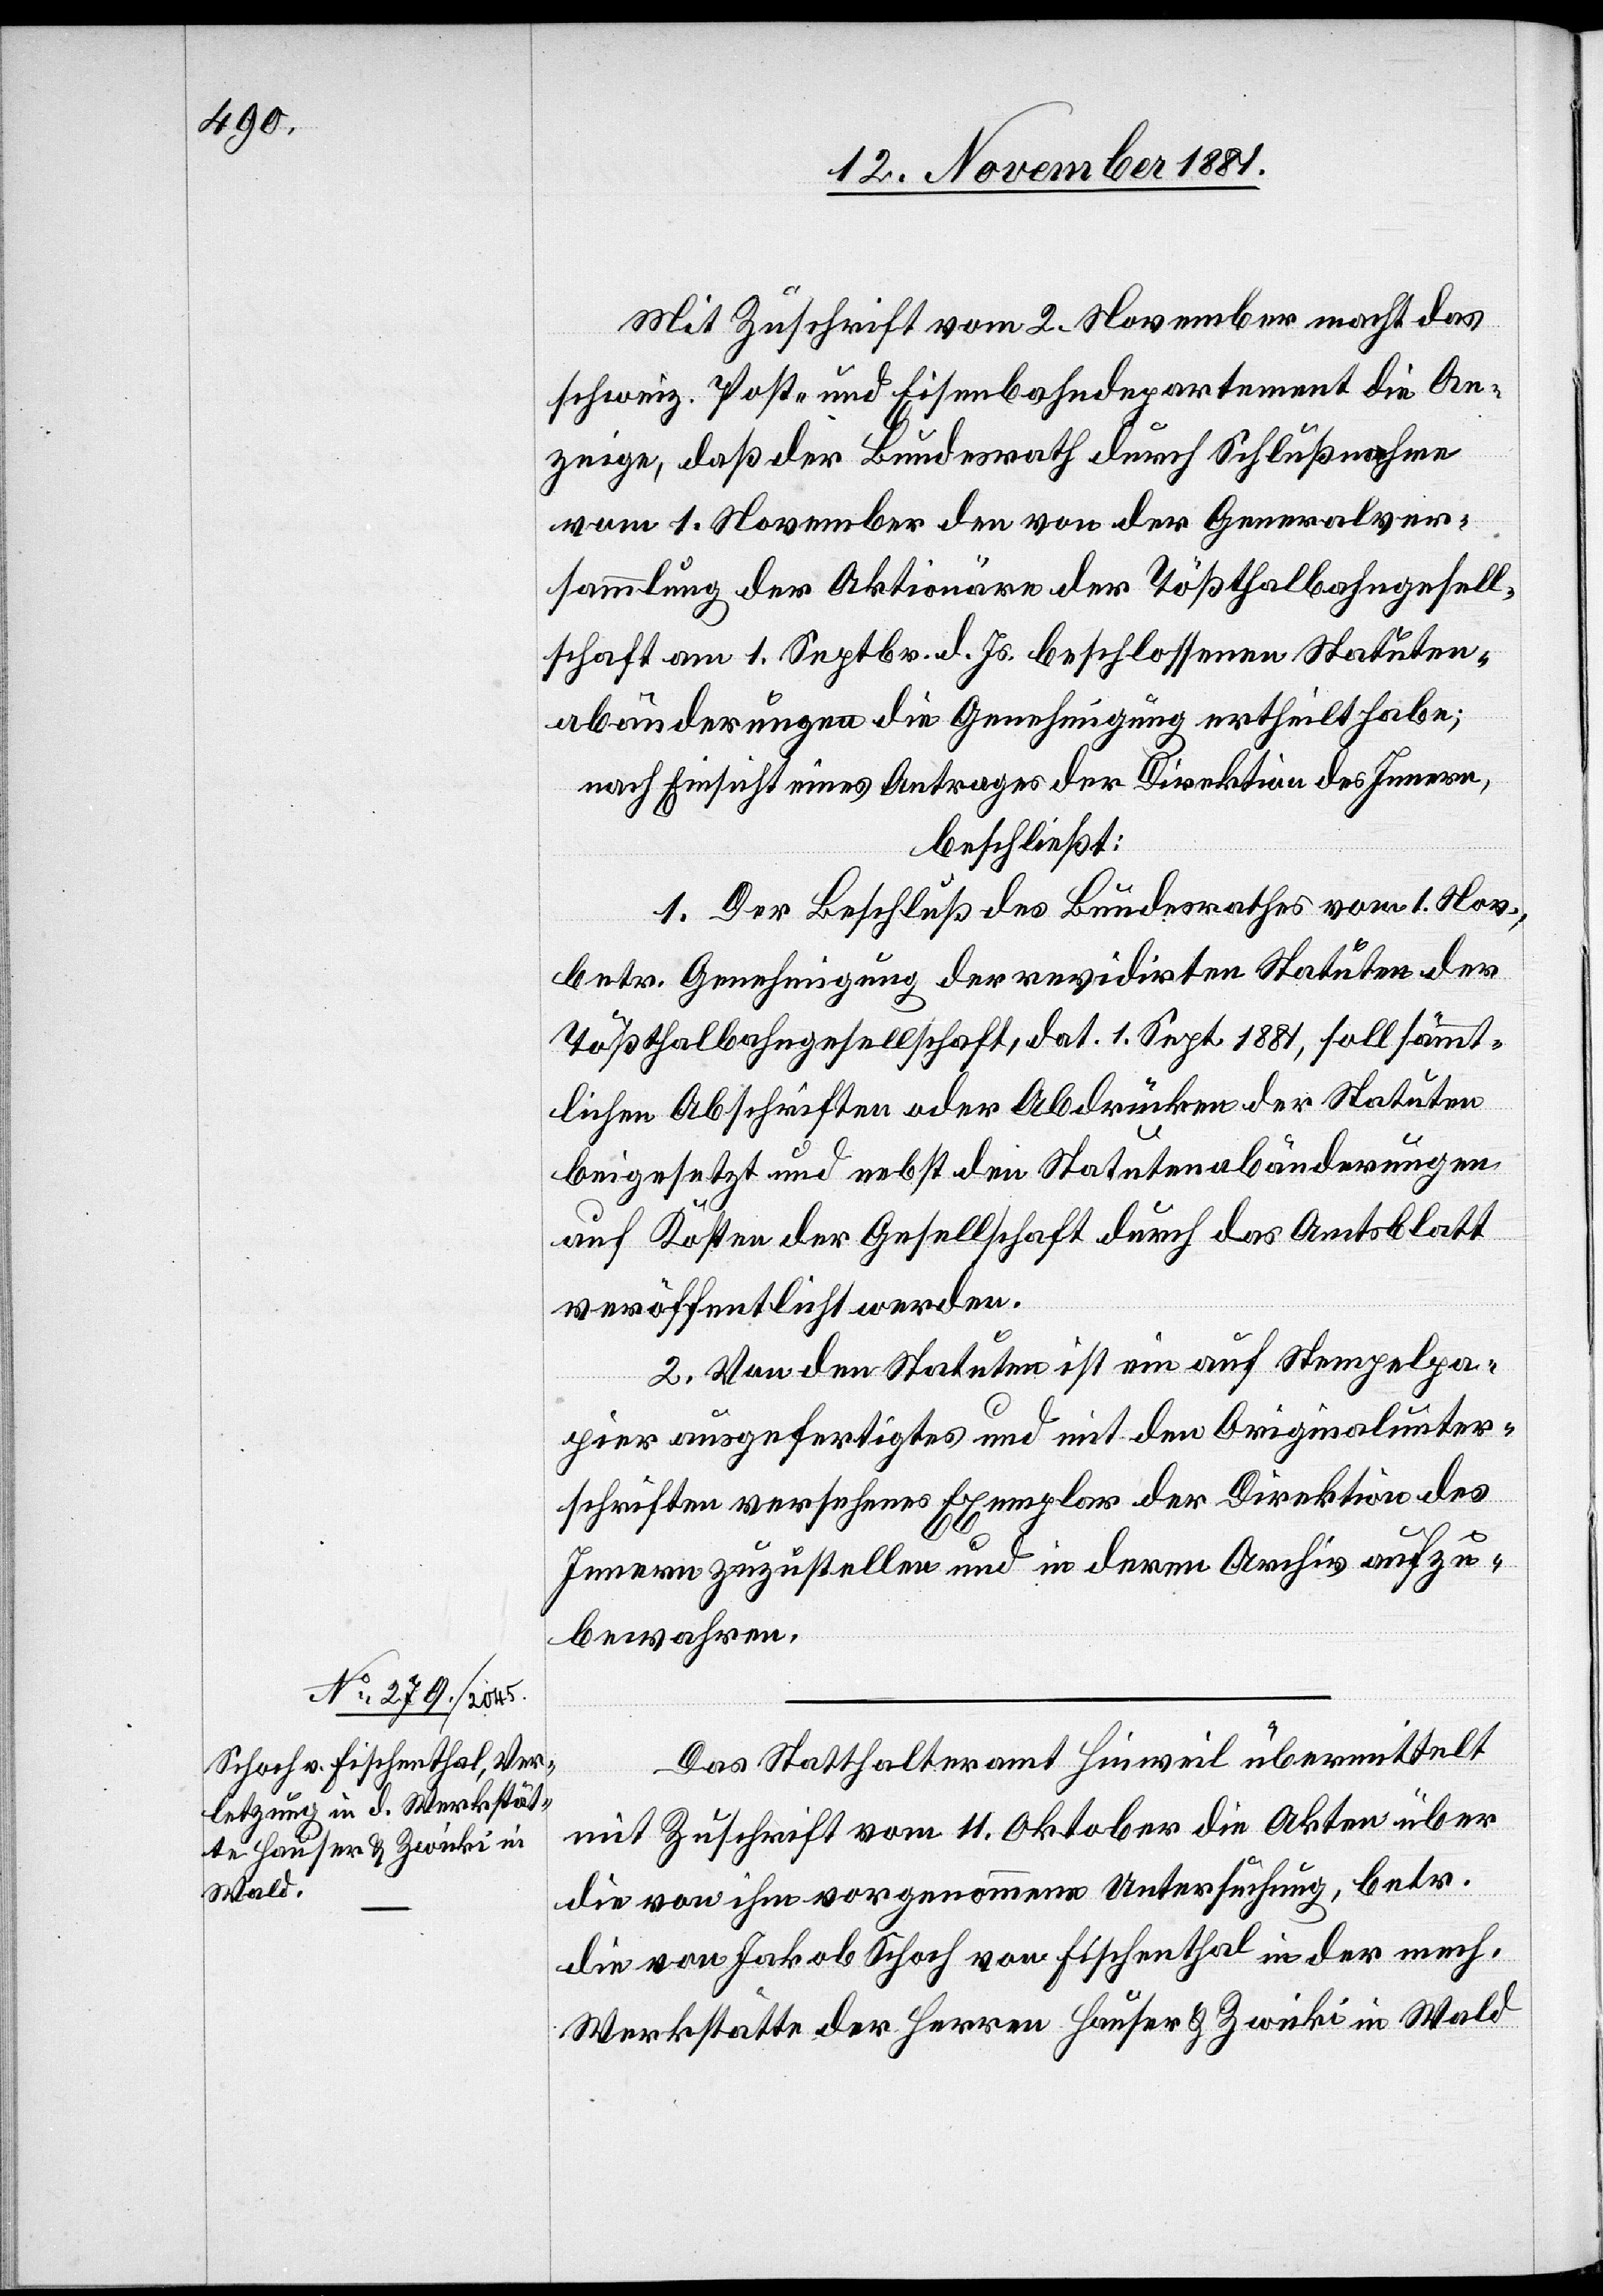
Mit Zuschrift vom 2. November macht das
schweiz. Post- & Eisenbahndepartement die An¬
zeige, daß der Bundesrath durch Schlußnahme
vom 1. November den von der Generalver¬
sammlung der Aktionäre der Tößthalbahngesell¬
schaft am 1. Septbr. d. Js. beschlossenen Statuten¬
abänderungen die Genehmigung ertheilt habe;
nach Einsicht eines Antrages der Direktion des Innern,
beschließt:
1. Der Beschluß des Bundesrathes vom 1. Nov.,
betr. Genehmigung der revidirten Statuten der
Tößthalbahngesellschaft, dat. 1. Sept. 1881, soll sämmt¬
lichen Abschriften oder Abdrücken der Statuten
beigesetzt und nebst den Statutenabänderungen
auf Kosten der Gesellschaft durch das Amtsblatt
veröffentlicht werden.
2. Von den Statuten ist ein auf Stempelpa¬
pier ausgefertigtes und mit den Originalunter¬
schriften versehenes Exemplar der Direktion des
Innern zuzustellen und in deren Archiv aufzu¬
bewahren.
Das Statthalteramt Hinweil übermittelt
mit Zuschrift vom 11. Oktober die Akten über
die von ihm vorgenommene Untersuchung, betr.
die von Jakob Schoch von Fischenthal in der mech.
Werkstätte der Herren Hauser & Zwicki in Wald